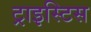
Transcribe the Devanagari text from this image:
ट्राइस्टिस